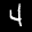
Label: 4